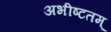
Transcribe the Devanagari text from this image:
अभीष्टतम्